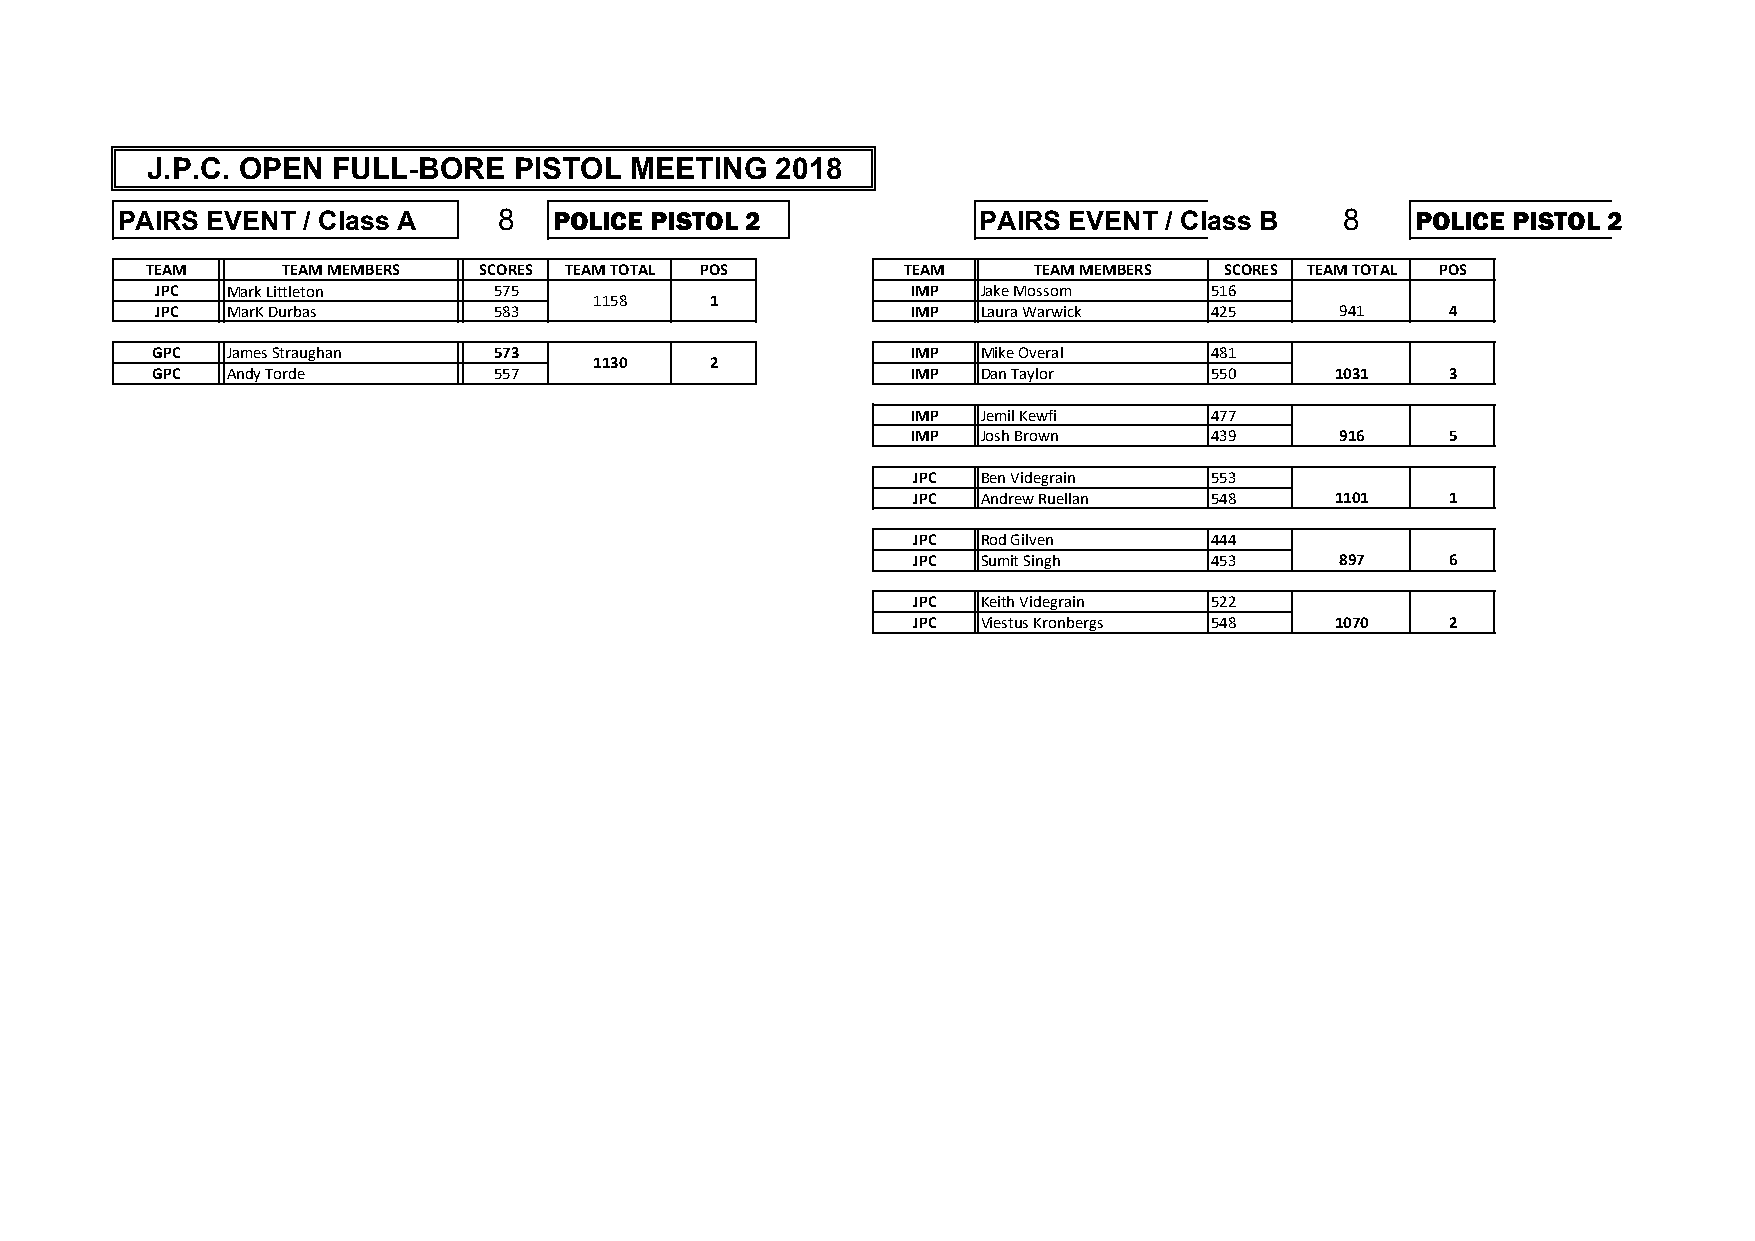
J.P.C. OPEN FULL-BORE   PISTOL  MEETING  2018
 PAIRS EVENT / Class A    8   POLICE PISTOL 2             PAIRS EVENT / Class B   8    POLICE PISTOL 2
 TEAM     TEAM MEMBERS SCORES TEAM TOTAL POS       TEAM    TEAM MEMBERS SCORES TEAM TOTAL POS
 JPC  Mark Littleton    575                        IMP  Jake Mossom    516
 1158    1
 JPC  MarK Durbas       583                        IMP  Laura Warwick  425      941    4
 GPC  James Straughan   573                        IMP  Mike Overal    481
 1130    2
 GPC  Andy Torde        557                        IMP  Dan Taylor     550     1031    3
 IMP  Jemil Kewfi    477
 IMP  Josh Brown     439      916    5
 JPC  Ben Videgrain  553
 JPC  Andrew Ruellan 548     1101    1
 JPC  Rod Gilven     444
 JPC  Sumit Singh    453      897    6
 JPC  Keith Videgrain 522
 JPC  Viestus Kronbergs 548  1070    2